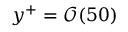
y ^ { + } = \mathcal { O } ( 5 0 )